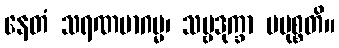
နေတံ သရဏမာဂမ္မ၊ သဗ္ဗဒုက္ခာ ပမုစ္စတိ။